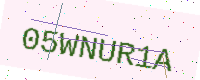
Text: 05WNUR1A